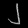
Digit: ၂